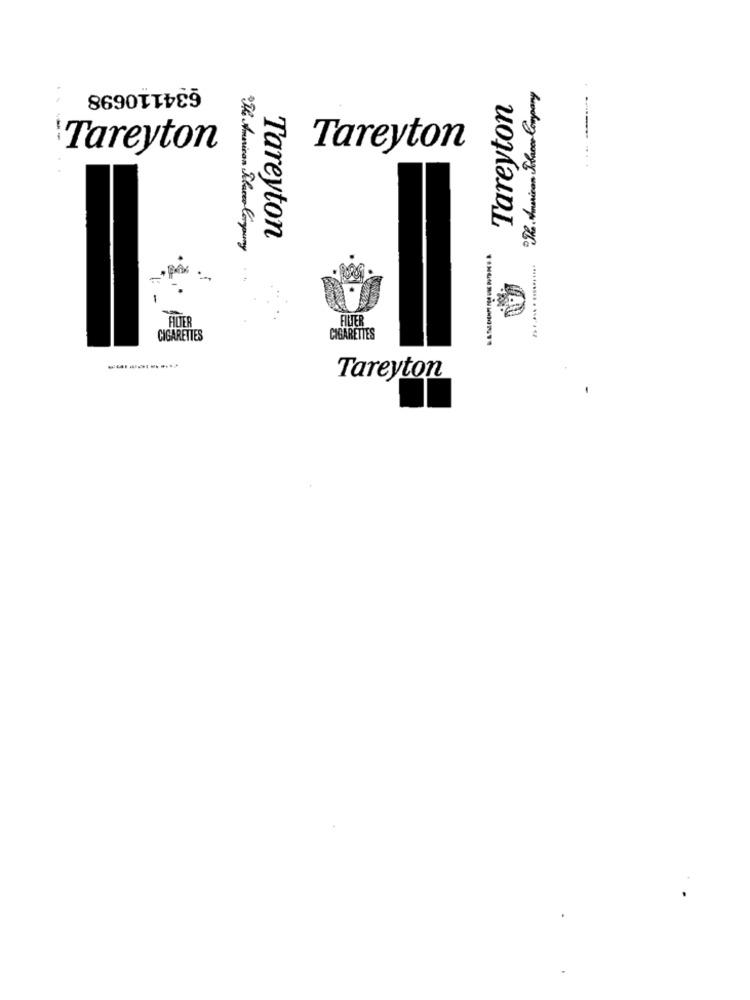
634110698
R. Amarican Solar Company
Tareyton
Tareyton
Tareyton
Tareyton
The American Flacco Company
FILTER
FILTER
CIGARETTES
CIGARETTES
Tareyton